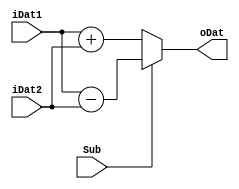
module AddSub #(parameter width = 8)(
	input Sub,
	input [width-1:0]iDat1,
	input [width-1:0]iDat2,
	output reg [width-1:0]oDat
);

	always@*
	begin
		if (Sub)
			oDat = iDat1 - iDat2;
		else
			oDat = iDat1 + iDat2;
	end
	
endmodule